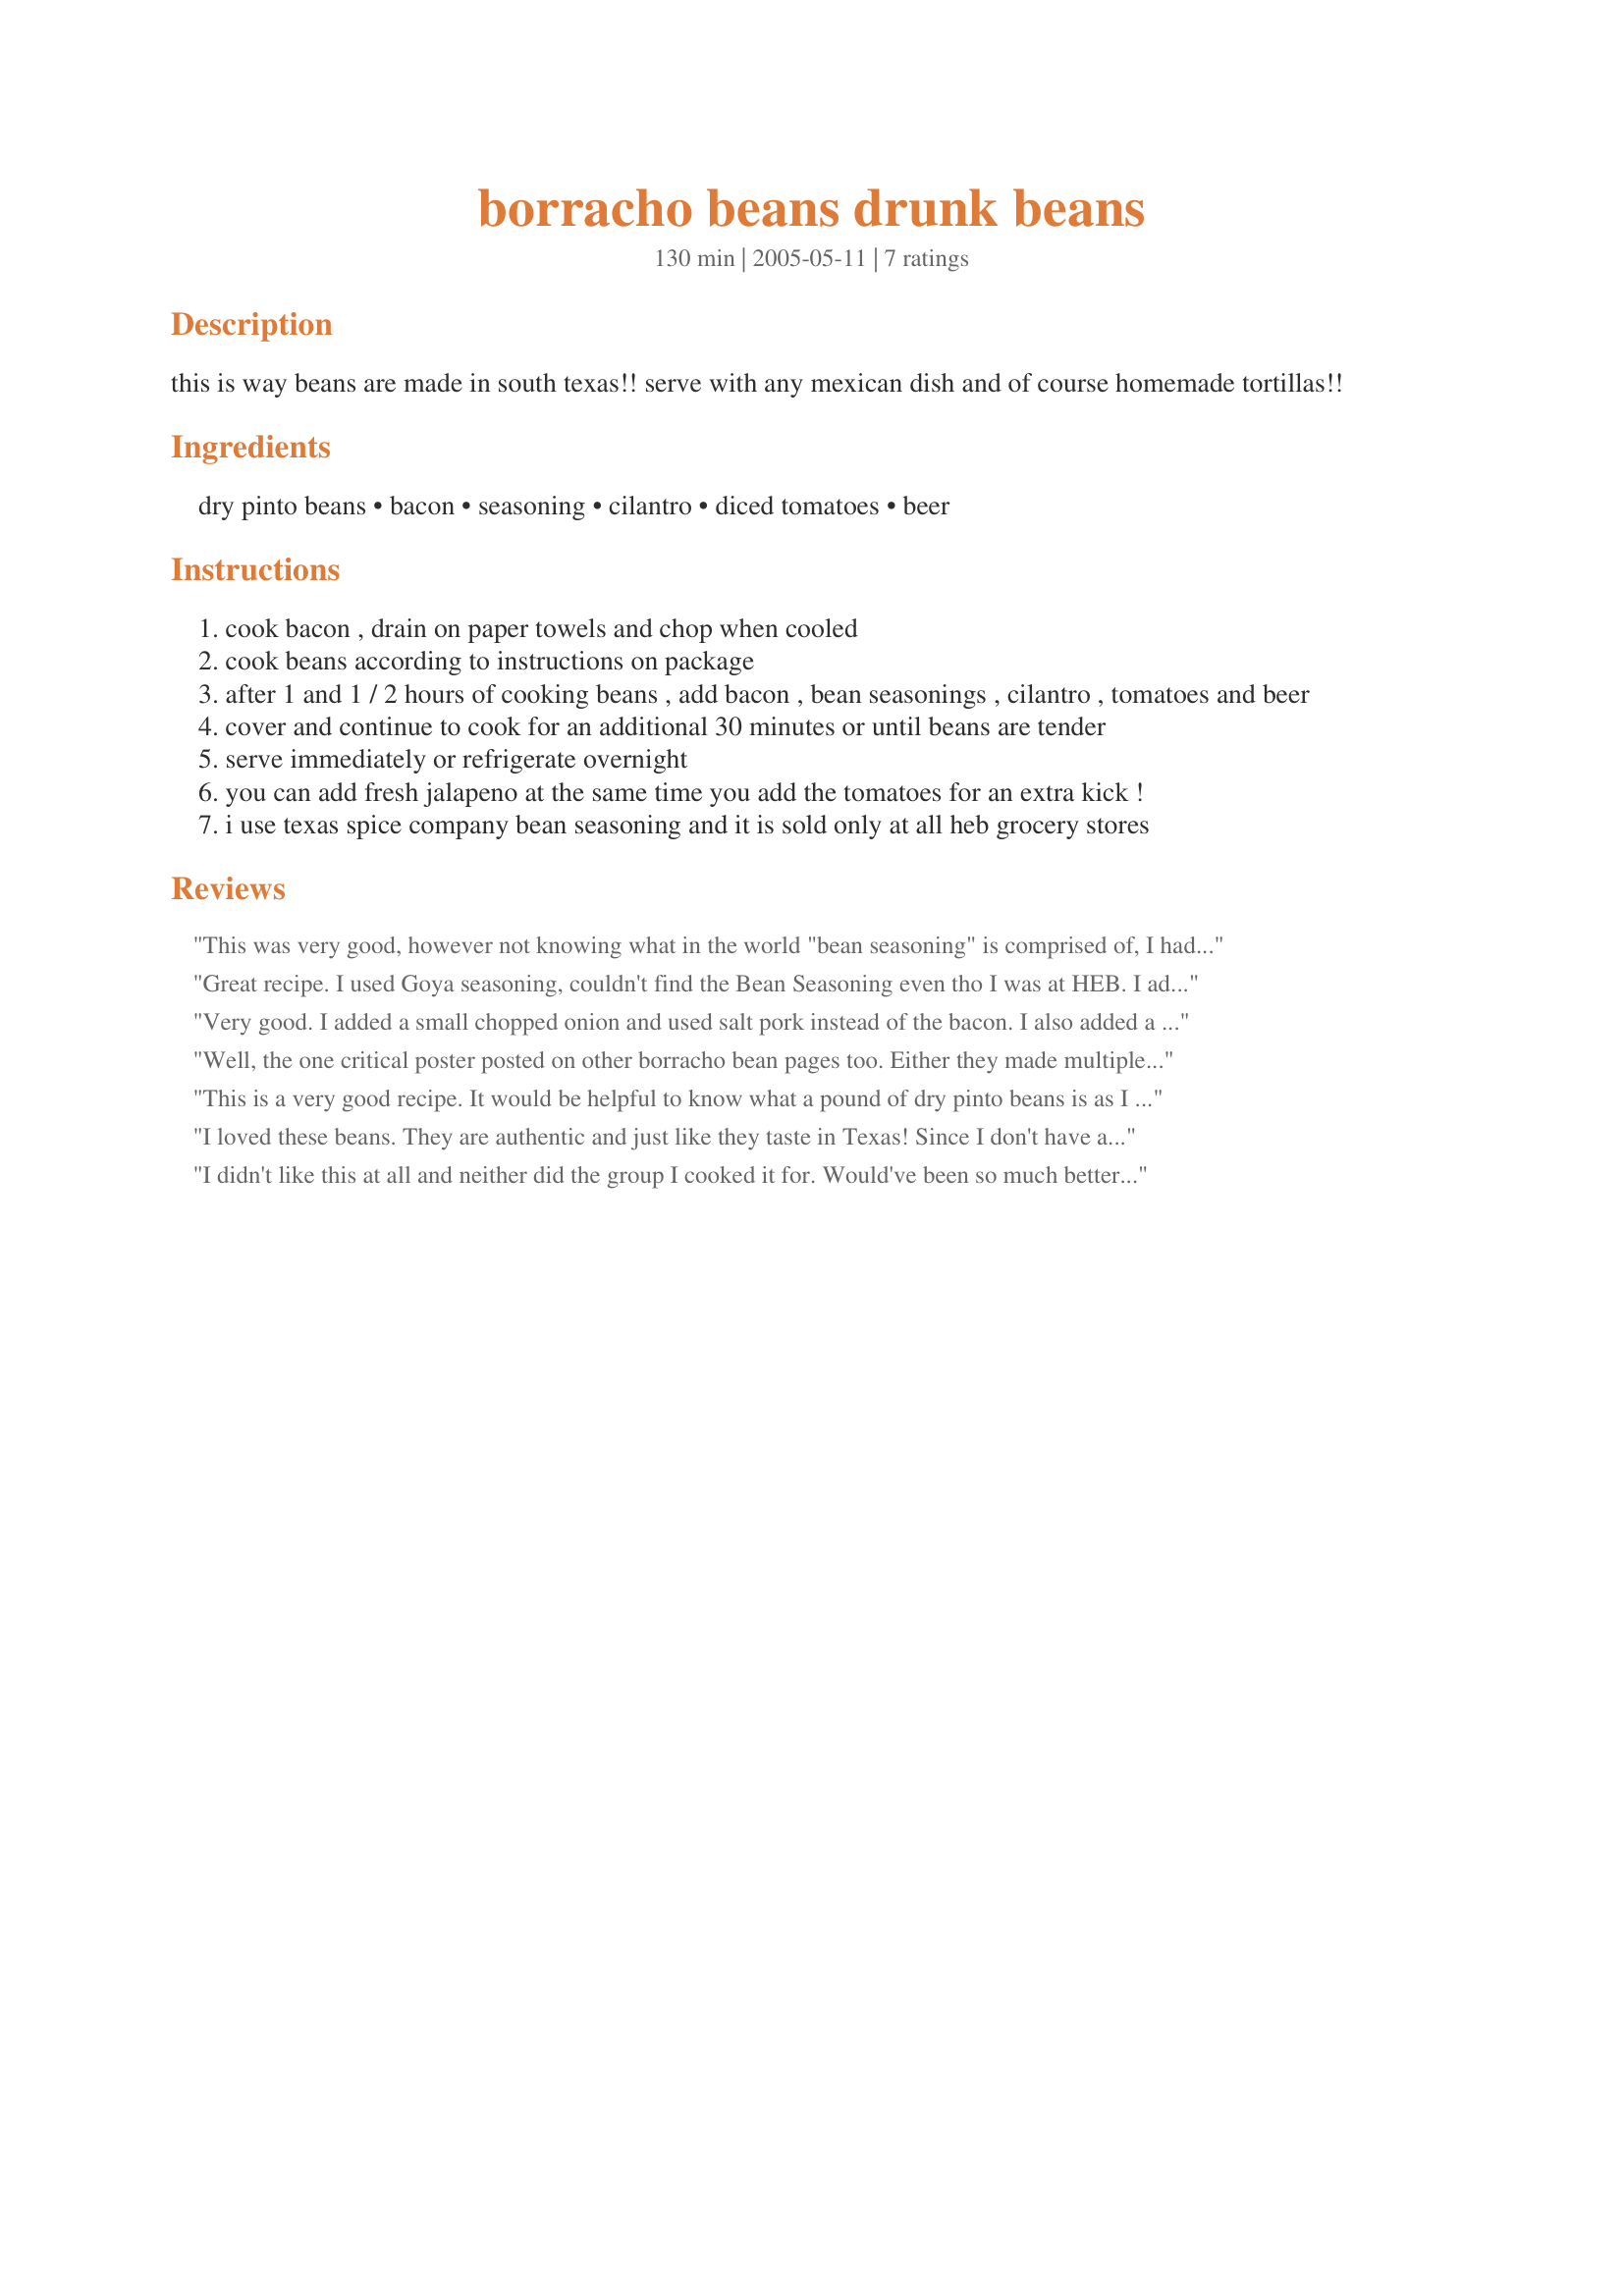
borracho beans drunk beans
Preparation time: 130 minutes

this is way beans are made in south texas!!
serve with any mexican dish and of course homemade tortillas!!

Ingredients:
dry pinto beans, bacon, seasoning, cilantro, diced tomatoes, beer

Steps:
cook bacon , drain on paper towels and chop when cooled
cook beans according to instructions on package
after 1 and 1 / 2 hours of cooking beans , add bacon , bean seasonings , cilantro , tomatoes and beer
cover and continue to cook for an additional 30 minutes or until beans are tender
serve immediately or refrigerate overnight
you can add fresh jalapeno at the same time you add the tomatoes for an extra kick !
i use texas spice company bean seasoning and it is sold only at all heb grocery stores

Reviews:
This was very good, however not knowing what in the world "bean seasoning" is comprised of, I had to improvise. I used Sofrito (Mexican spice blend for soups/rice), some cumin, powdered onion & garlic.
Great recipe. I used Goya seasoning, couldn't find the Bean Seasoning even tho I was at HEB. I added the jalepenos as suggested. Better than Mexican restaurant beans.
I used Corona beer.
Very good. I added a small chopped onion and used salt pork instead of the bacon. I also added a half cup of Pace picante.
Well, the one critical poster posted on other borracho bean pages too. Either they made multiple recipes for the same group on the same day or they are just badly rating all borracho bean recipes. If you do like Borracho Beans then ignore the negative rating.
This is a very good recipe. It would be helpful to know what a pound of dry pinto beans is as I have a 10 pound bag (not typical, I know). I am fortunate to live in Texas and so bean seasoning is available. I used Fiesta Brand Pinto Bean Seasoning. If you don't have bean seasoning available, the ingredients of that seasoning mix are garlic, onion, chili pepper, "spices" and salt. The "spices" taste like Cummin. I added a 1/4 t. of salt to this recipe. I added a couple of jalapeno or serrano peppers with the seeds into the recipe. I also used Rotel or the store brand of diced tomatoes and chili peppers. Let the heat you like determine which version. Twelve ounces of beer is a little too much if you only use 3 cups of dry beans. I added a cup of beans the second time I prepared this recipe.I did not know what 1 lb was since I have a 10 lb bag of pinto beans. I used one cup of Corona beer. It tastes better with age. By Day 4, adding a sprinkling of cheese, I was in Heaven. My son felt it was thin. He expects animal protein to be added to everything. I loved it as is. Hope this helps.
I loved these beans. They are authentic and just like they taste in Texas! Since I don't have an HEB close to me I used - cumin, oregano, garlic & chili powder in place of the bean seasoning. For the beer - Corona! YUMMY. I also suggest soaking the beans overnight. For the bacon I used a ham bone left over from a spiral cut ham.
I didn't like this at all and neither did the group I cooked it for. Would've been so much better without the beer. Had much too strong of a beer flavor, so in less you asolutely love beer, you might want to try another recipe.
